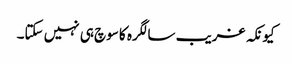
کیونکہ غریب سالگرہ کا سوچ ہی نہیں سکتا۔